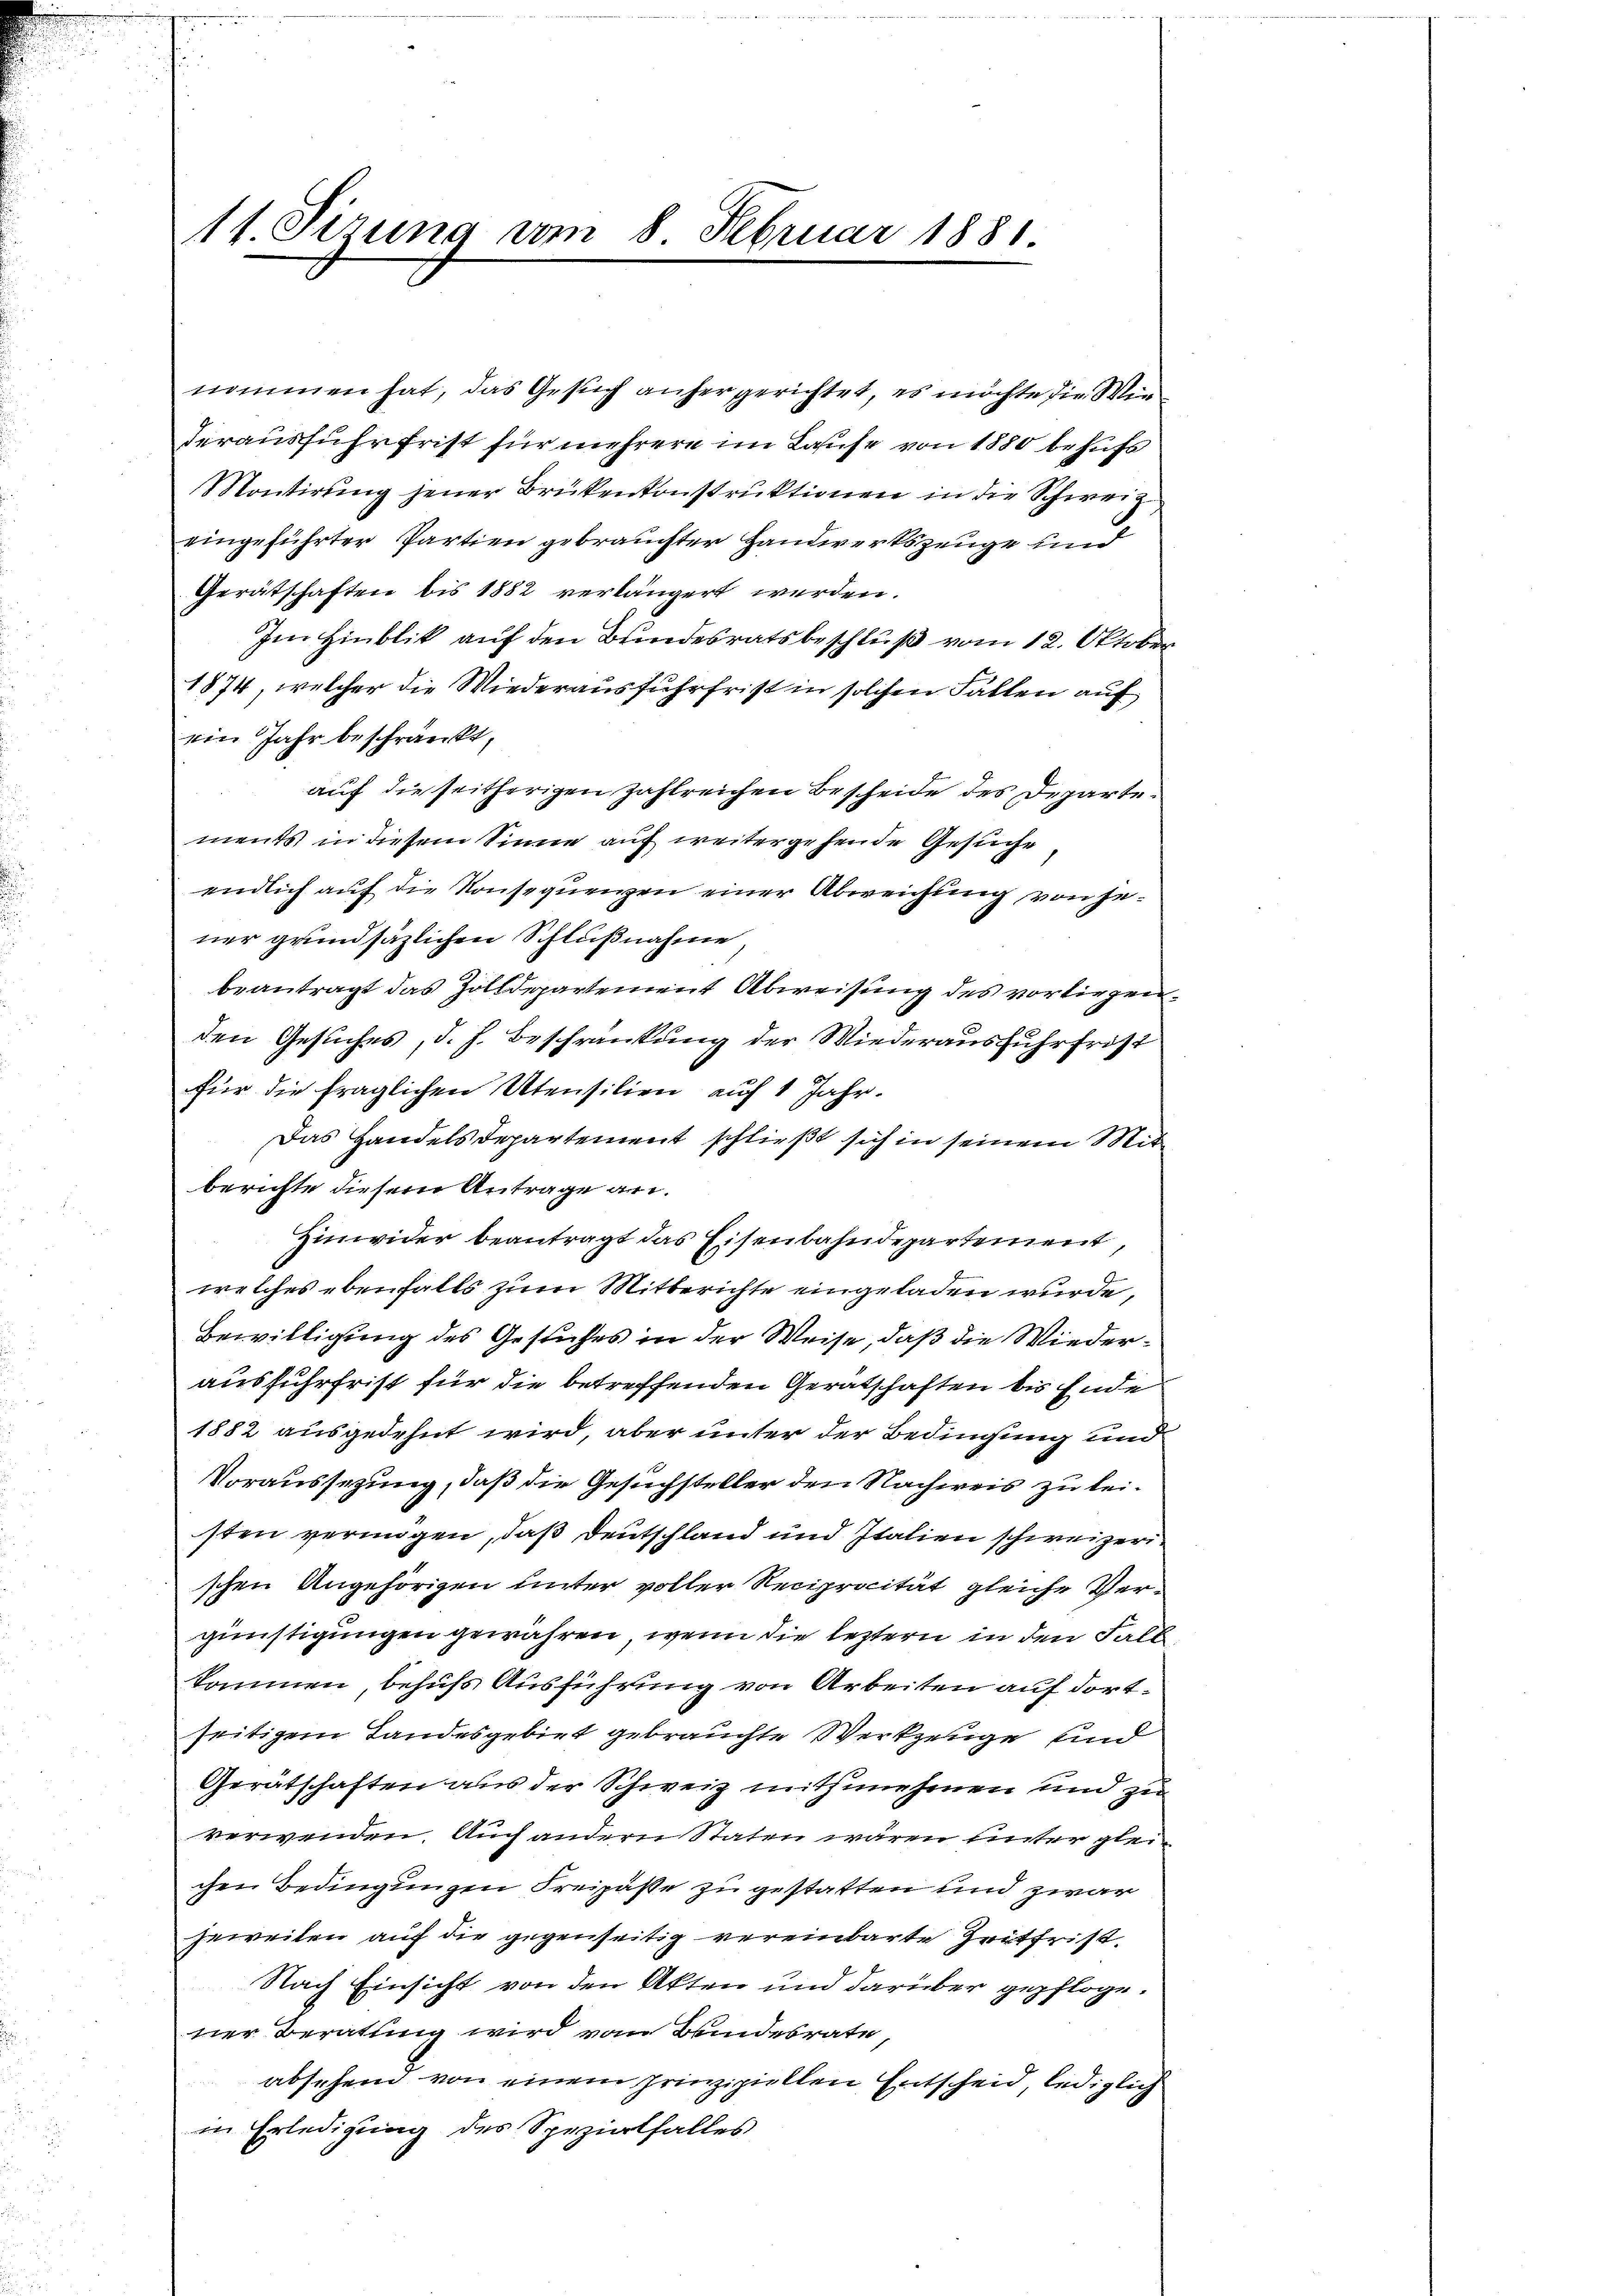
11 Sirung vom 8. Februar 1881.

Montirung jener Brükenkonstruktionen in die Schweiz
eingeführter Partien gebrauchter Handwerkszeuge und
Gerätschaften bis 1882 verlängert werden.
Im Hinblik auf den Bundesratsbeschluß vom 12. Oktober
1874, welcher die Wiederausfuhrfrist in solchen Fällen auf
ein Jahr beschränkt,
auf die seitherigen zahlreichen Bescheide des Departements in diesem Sinne auf weitergehende Gesuche
endlich auf die Konsequenzen einer Abweichung von jener grundsäzlichen Schlußnahme,
beantragt das Zolldepartement Abweisung des vorliegen,
den Gesuches, d. h. Beschränkung der Wiederausfuhrfrist
für die fraglichen Utensilien auf 1 Jahr.
Das Handelsdepartement schließt sich in seinem Mitberichte diesem Antrage an.
Einwider beantragt das Eisenbahndepartement,
welches ebenfalls zum Mitberichte eingeladen wurde,
Bewilligung des Gesuches in der Weise, daß die Wiederausfuhrfrist für die betreffenden Gerätschaften bis Ende
1882 ausgedehnt wird, aber unter der Bedingung und
Voraussezung, daß die Gesuchsteller den Nachweis zu leisten vermögen, daß Deutschland und Italien schweizerischen Angehörigen unter voller Reciprocität gleiche Vergünstigungen gewähren, wenn die leztern in den Fall
kommen, behufs Ausführung von Arbeiten auf dortseitigem Landesgebiet gebrauchte Werkzeuge und
Gerätschaften aus der Schweiz mitzunehmen und zu
verwenden. Auch andern Staten wären unter gleichen Bedingungen Kreipäße zu gestatten und zwar
jeweilen auf die gegenseitig vereinbarte Zeitfrist.
Nach Einsicht von den Akten und darüber gepfloge.
ner Beratung wird vom Bundesrate
absehend von einem prinzipiellen Entscheid, lediglich
in Erledigung des Spezialfalles

nommen hat, das Gesuch anhergerichtet, es möchte die Winderausfuhr frist für mehrere im Lause von 1880 behufs